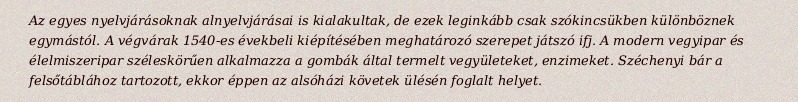
Az egyes nyelvjárásoknak alnyelvjárásai is kialakultak, de ezek leginkább csak szókincsükben különböznek egymástól. A végvárak 1540-es évekbeli kiépítésében meghatározó szerepet játszó ifj. A modern vegyipar és élelmiszeripar széleskörűen alkalmazza a gombák által termelt vegyületeket, enzimeket. Széchenyi bár a felsőtáblához tartozott, ekkor éppen az alsóházi követek ülésén foglalt helyet.